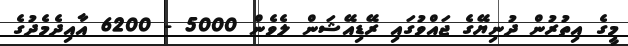
މީގެ އިތުރުން ދުނިޔޭގެ ޖައްވުގައި ރޭޑިއޭޝަން ލެވެން 5000 - 6200 އާއިދެމެދުގެ